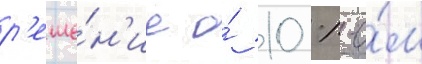
р'еше́н'ие о́ 10 %-о́м